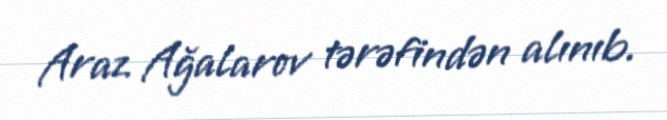
Araz Ağalarov tərəfindən alınıb.